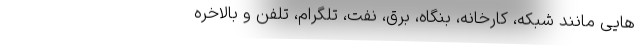
هایی مانند شبکه، کارخانه، بنگاه، برق، نفت، تلگرام، تلفن و بالاخره